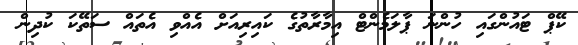
ކޭޕް ޓައުންގައި ހުންނަ ޕާލަމެންޓް އިމާރާތުގެ ކައިރިއަށް އެއްވި އެތައް ސަތޭކަ ކުދިން